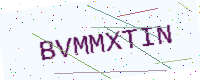
Text: BVMMXTIN